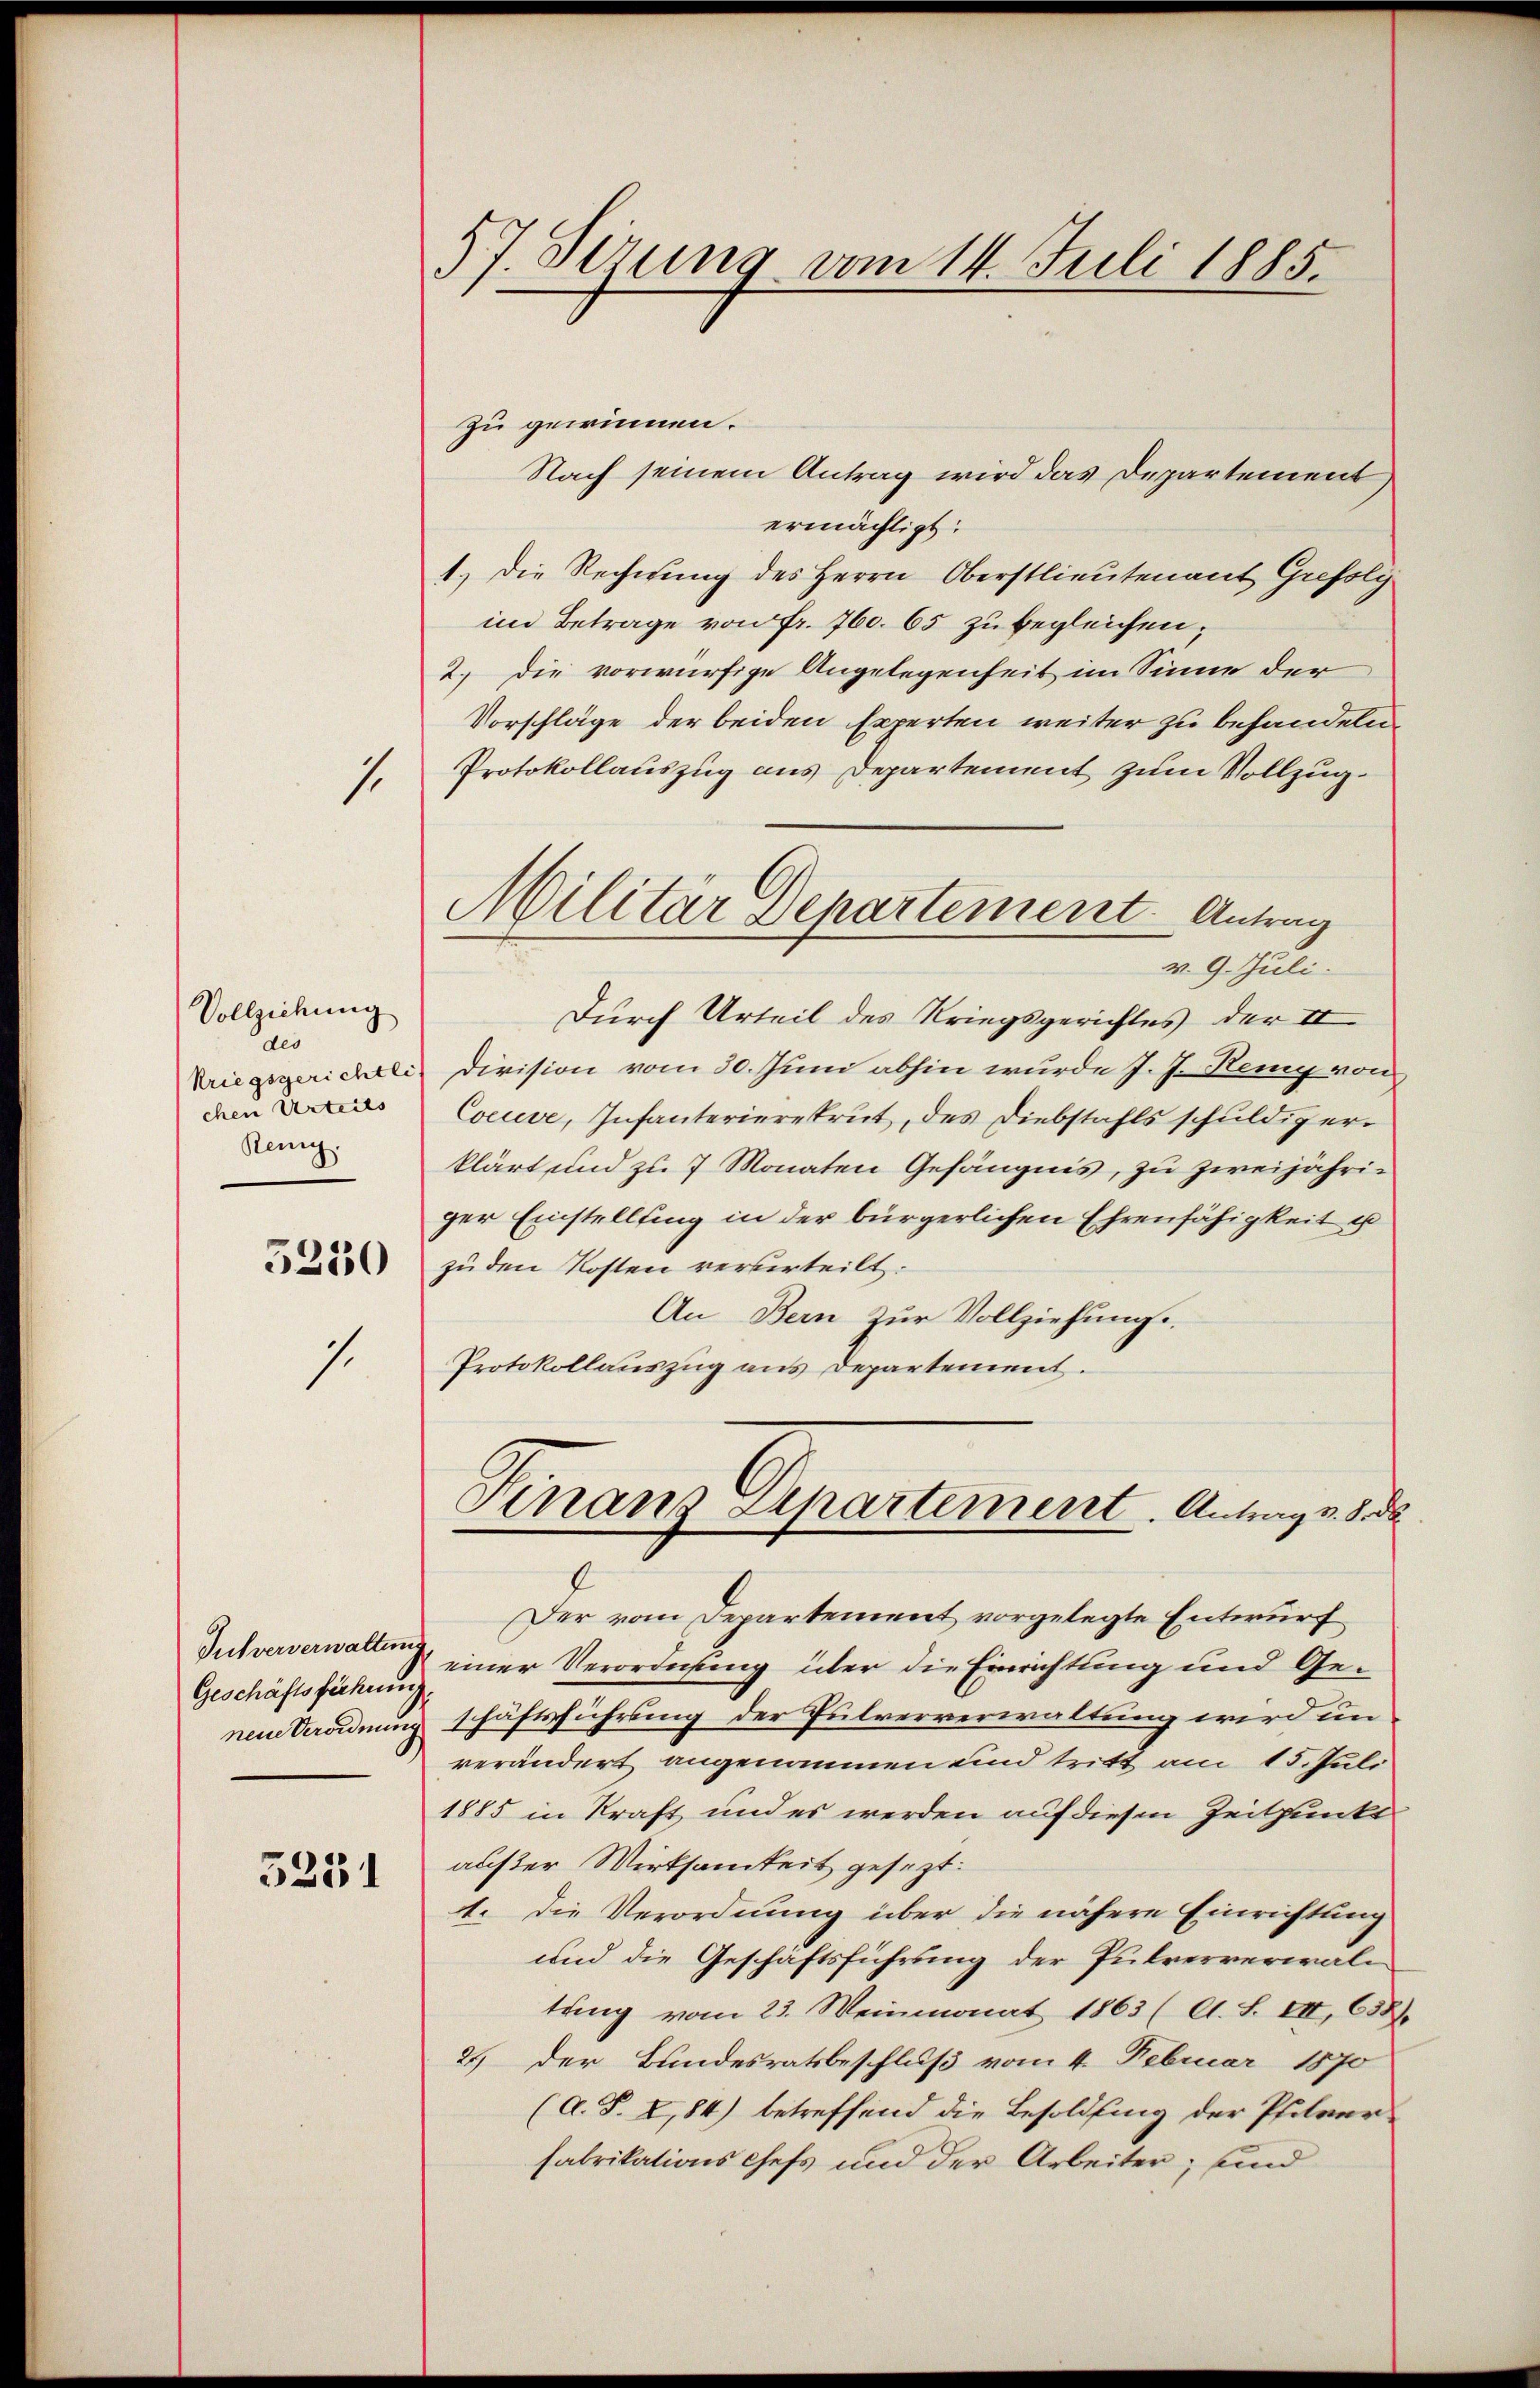
1

Vollziehung
des
Reng.

1.

Pulververwaltung

5251

57. Sirung vom 14. Juli 1885.

zu gewinnen.
Nach seinem Antrag wird das Departement
ermächtigt:
1.) Die Rechnung des Herrn Oberstlieutenant Grefoly
im Betrage von Fr. 760. 65 zu begleichen;
2. die vorwürfige Angelegenheit im Sinne der
Vorschläge der beiden Experten weiter zu behandeln
Protokollauszug aus Departement zum Vollzug.
v. 9. Juli.
Durch Urteil des Kriegsgerichtes der II
Kriegsgericli Division vom 30. Juni abhin wurde J. J. Kemy von
D Cocce, Infanterierekrut, des Diebstahls schuldiger
klärt und zu 7 Monaten Gefängnis, zu zweijähriger Einstellung in der bürgerlichen Ehrenfähigkeit u
2 zu den Kosten verurteilt.
An Bern zur Vollziehungs-
Protokollauszug aus Departement.
Finanz Departement. Antrag v. 8. ds.
Der vom Departement vorgelegte Entwurf
Geschäftsführen einer Verordnung über die Einrichtung und Genem Verordnung schäftsführung der Pulververwaltung wird im
verändert angenommen und tritt am 15. Juli
1885 in Kraft und es werden auf diesen Zeitpunkt
außer Wirksamkeit gesezt.
1. Die Verordnung über die nähere Einrichtung
und die Geschäftsführung der Pulververwaltung vom 23. Weinmonat 1863 (A. S. III, 658).
25) der Bundesratsbeschluß vom 4. Februar 1870
(A. S. I, 84) betreffend die Besoldung der Pfilverfabrikations chefs und der Arbeiter; und

Militär Departement. Antrag